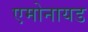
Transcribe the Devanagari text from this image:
एमोनायड